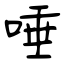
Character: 唾